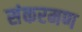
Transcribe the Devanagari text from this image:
संकरमण